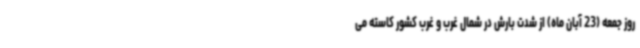
روز جمعه (23 آبان ماه) از شدت بارش در شمال غرب و غرب کشور کاسته می